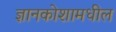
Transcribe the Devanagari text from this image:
ज्ञानकोशामधील